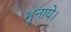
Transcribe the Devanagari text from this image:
भुनाये।